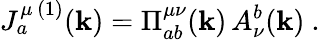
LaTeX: J_{a}^{\mu\, (1)}(\mathbf{k})=\Pi_{ab}^{\mu\nu}(\mathbf{k})\, A_{\nu}^{b}(\mathbf{k})\ .